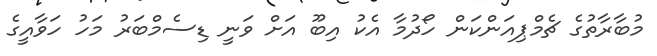
މުބާރާތުގެ ޗެމްޕިއަންކަން ހޯދުމާ އެކު އިބޫ އަށް ވަނީ ޑިސެމްބަރު މަހު ހަވާއީގެ